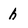
Character: h